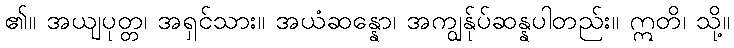
၏။ အယျပုတ္တ၊ အရှင်သား။ အယံဆန္နော၊ အကျွန်ုပ်ဆန္နပါတည်း။ ဣတိ၊ သို့။